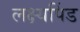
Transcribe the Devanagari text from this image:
लक्ष्यपिंड